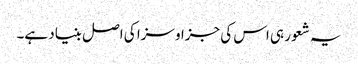
یہ شعور ہی اس کی جزا و سزا کی اصل بنیاد ہے۔